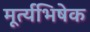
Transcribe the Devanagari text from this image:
मूर्त्यभिषेक